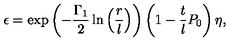
\epsilon = \exp \left( - \frac { \Gamma _ { 1 } } { 2 } \ln \left( \frac { r } { l } \right) \right) \left( 1 - \frac { t } { l } P _ { 0 } \right) \eta ,